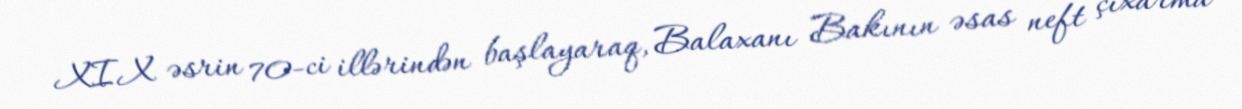
XIX əsrin 70-ci illərindən başlayaraq, Balaxanı Bakının əsas neft çıxarma